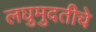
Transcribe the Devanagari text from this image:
लघुमुदतीचे